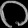
Digit: ၀